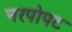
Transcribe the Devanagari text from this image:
नरपोपट